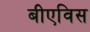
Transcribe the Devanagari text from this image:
बीएविस